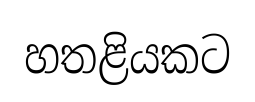
හතළියකට